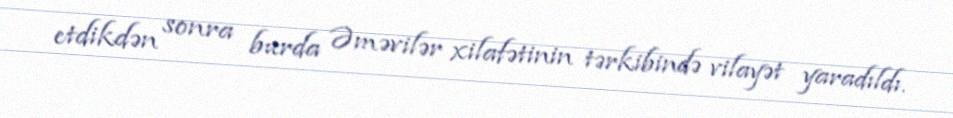
etdikdən sonra burda Əməvilər xilafətinin tərkibində vilayət yaradıldı.